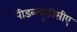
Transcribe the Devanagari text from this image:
पीडब्ल्यूडीसीए